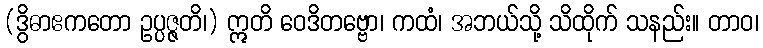
(ဒွိဓာဧကတော ဥပ္ပဇ္ဇတိ၊) ဣတိ ဝေဒိတဗ္ဗော၊ ကထံ၊ အဘယ်သို့ သိထိုက် သနည်း။ တာဝ၊